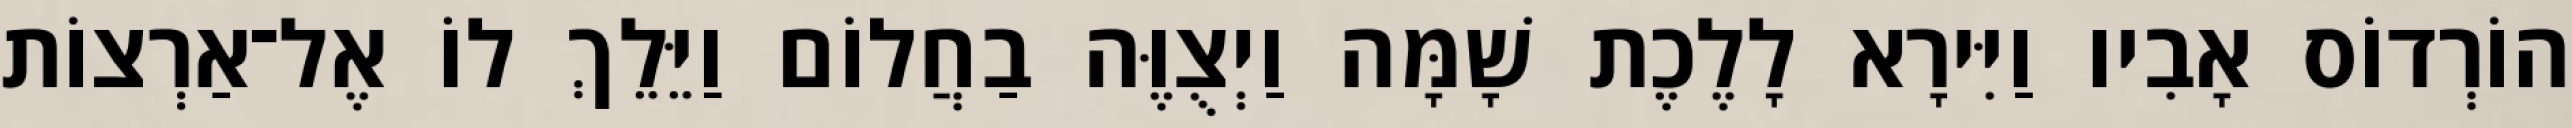
הוֹרְדוֹס אָבִיו וַיִּירָא לָלֶכֶת שָׁמָּה וַיְצֻוֶּה בַחֲלוֹם וַיֵּלֵךְ לוֹ אֶל־אַרְצוֹת